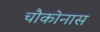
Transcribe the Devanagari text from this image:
चौकोनास